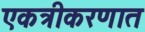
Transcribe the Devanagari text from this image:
एकत्रीकरणात